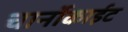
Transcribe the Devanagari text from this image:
चार्नोकाईट